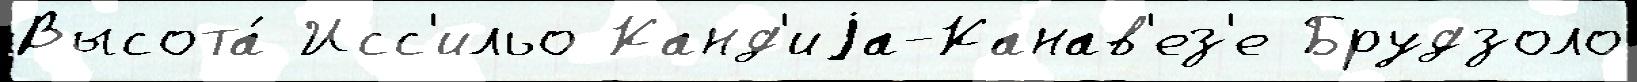
Высота́ Исс'ильо Канд'иjа-Канав'ез'е Брудзоло